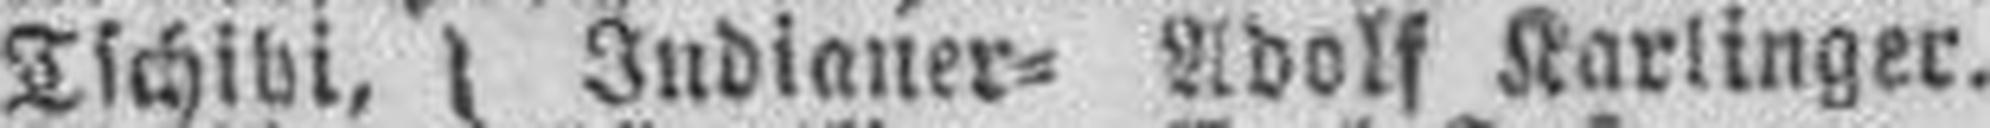
Tschibi, Indianer¬ Adolf Karlinger.